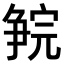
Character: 𪺗